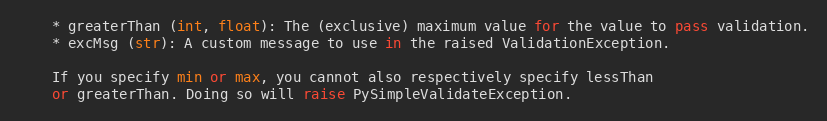
Language: Python
    * greaterThan (int, float): The (exclusive) maximum value for the value to pass validation.
    * excMsg (str): A custom message to use in the raised ValidationException.

    If you specify min or max, you cannot also respectively specify lessThan
    or greaterThan. Doing so will raise PySimpleValidateException.